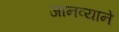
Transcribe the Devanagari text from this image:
जानव्याने